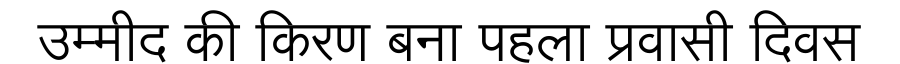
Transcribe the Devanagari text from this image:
उम्मीद की किरण बना पहला प्रवासी दिवस